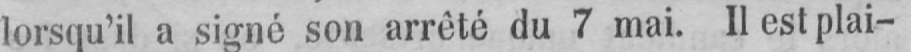
lorsqu’il a signé son arrêté du 7 mai. Il est plai-